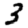
Digit: 3